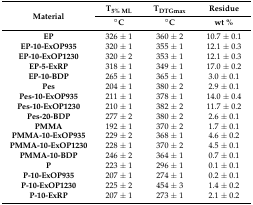
<table><thead><tr><td rowspan="2"><b>Material</b></td><td><b>T<sub>5% ML</sub></b></td><td><b>T<sub>DTGmax</sub></b></td><td><b>Residue</b></td></tr><tr><td><b>°C</b></td><td><b>°C</b></td><td><b>wt %</b></td></tr></thead><tbody><tr><td><b>EP</b></td><td>326 ± 1</td><td>360 ± 2</td><td>10.7 ± 0.1</td></tr><tr><td><b>EP-10-ExOP935</b></td><td>320 ± 1</td><td>355 ± 1</td><td>12.1 ± 0.3</td></tr><tr><td><b>EP-10-ExOP1230</b></td><td>320 ± 2</td><td>353 ± 1</td><td>12.1 ± 0.3</td></tr><tr><td><b>EP-5-ExRP</b></td><td>318 ± 1</td><td>349 ± 1</td><td>17.0 ± 0.2</td></tr><tr><td><b>EP-10-BDP</b></td><td>265 ± 1</td><td>365 ± 1</td><td>3.0 ± 0.1</td></tr><tr><td><b>Pes</b></td><td>204 ± 1</td><td>380 ± 2</td><td>2.9 ± 0.1</td></tr><tr><td><b>Pes-10-ExOP935</b></td><td>211 ± 1</td><td>378 ± 1</td><td>14.0 ± 0.4</td></tr><tr><td><b>Pes-10-ExOP1230</b></td><td>210 ± 1</td><td>382 ± 2</td><td>11.7 ± 0.2</td></tr><tr><td><b>Pes-20-BDP</b></td><td>277 ± 2</td><td>380 ± 2</td><td>2.6 ± 0.1</td></tr><tr><td><b>PMMA</b></td><td>192 ± 1</td><td>370 ± 2</td><td>1.7 ± 0.1</td></tr><tr><td><b>PMMA-10-ExOP935</b></td><td>229 ± 2</td><td>368 ± 1</td><td>4.6 ± 0.2</td></tr><tr><td><b>PMMA-10-ExOP1230</b></td><td>228 ± 1</td><td>370 ± 2</td><td>4.5 ± 0.1</td></tr><tr><td><b>PMMA-10-BDP</b></td><td>246 ± 2</td><td>364 ± 1</td><td>0.7 ± 0.1</td></tr><tr><td><b>P</b></td><td>223 ± 1</td><td>296 ± 1</td><td>0.1 ± 0.1</td></tr><tr><td><b>P-10-ExOP935</b></td><td>207 ± 1</td><td>274 ± 1</td><td>0.2 ± 0.1</td></tr><tr><td><b>P-10-ExOP1230</b></td><td>225 ± 2</td><td>454 ± 3</td><td>1.4 ± 0.2</td></tr><tr><td><b>P-10-ExRP</b></td><td>207 ± 1</td><td>273 ± 1</td><td>2.1 ± 0.2</td></tr></tbody></table>